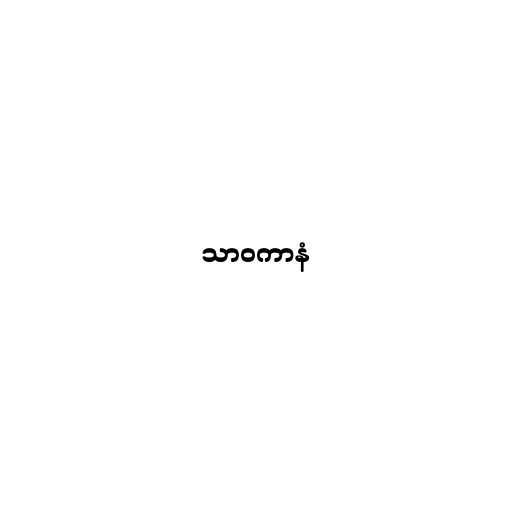
သာဝကာနံ